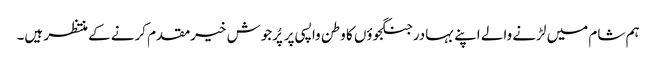
ہم شام میں لڑنے والے اپنے بہادر جنگجوؤں کا وطن واپسی پر پُرجوش خیرمقدم کرنے کے منتظر ہیں۔